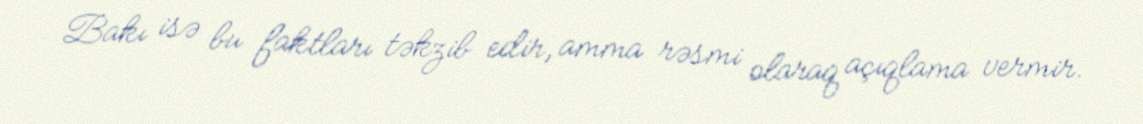
Bakı isə bu faktları təkzib edir, amma rəsmi olaraq açıqlama vermir.